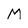
Character: M